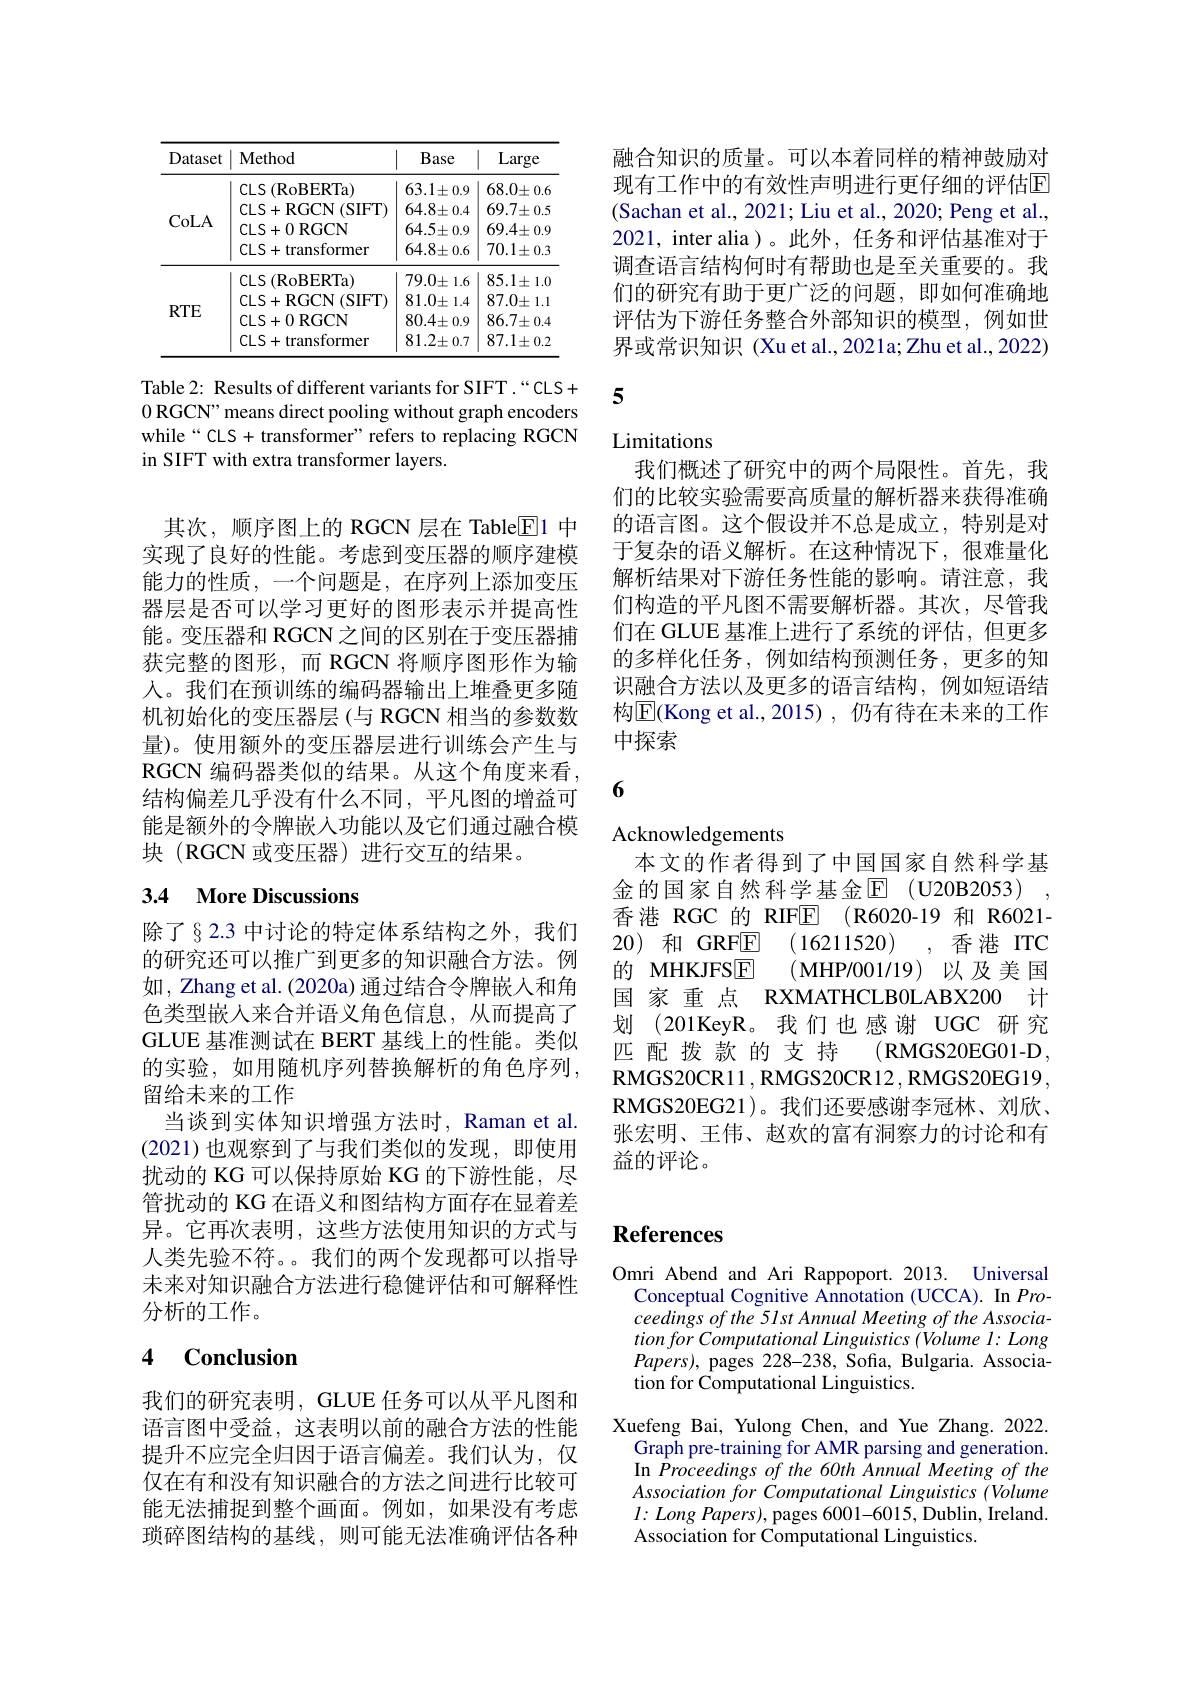
<table>
	<tbody>
		<tr>
			<th>Dataset</th>
			<th>Method</th>
			<th>Base</th>
			<th>Large</th>
		</tr>
		<tr>
			<td>CoLA</td>
			<td>$\operatorname{CLS}\left(\mathrm{RoBERTa}\right)$ CLS+ RGCN ( SIFT) CLS+ 0RGCN CLS+ transformer</td>
			<td>$63.1\pm0.9$ $64.8\pm0.4$ $64.5\pm0.9$ $64.8\pm0.6$</td>
			<td>$68.0\pm0.6$ $69.7\pm0.5$ $69.4\pm0.9$ $70.1\pm0.3$</td>
		</tr>
		<tr>
			<td>$RTE$</td>
			<td>$\operatorname{CLS}\left(\mathrm{RoBERTa}\right)$ CLS+ RGCN( SIFT) CLS+ 0RGCN CLS+ transformer</td>
			<td>$79.0\pm1.6$ $81.0\pm1.4$ $80.4\pm0.9$ $81.2\pm0.7$</td>
			<td>$85.1\pm1.0$ $87.0\pm1.1$ $86.7\pm0.4$ $87.1\pm0.2$</td>
		</tr>
	</tbody>
</table>

Table 2: Results of different variants for SIFT .“CLS+ 0 RGCN" means direct pooling without graph encoders while“CLS+ transformer”refers to replacing RGCN in SIFT with extra transformer layers.

其次，顺序图上的 RGCN 层在 Table$\overline{\mathbb{E}}$1 中实现了良好的性能。考虑到变压器的顺序建模能力的性质，一个问题是，在序列上添加变压器层是否可以学习更好的图形表示并提高性能。变压器和 RGCN 之间的区别在于变压器捕获完整的图形，而 RGCN 将顺序图形作为输人。我们在预训练的编码器输出上堆叠更多随机初始化的变压器层 (与 RGCN 相当的参数数量)。使用额外的变压器层进行训练会产生与RGCN 编码器类似的结果。从这个角度来看， 结构偏差几乎没有什么不同，平凡图的增益可能是额外的令牌嵌入功能以及它们通过融合模块 (RGCN 或变压器)进行交互的结果。

## 3.4 More Discussions

除了§2.3 中讨论的特定体系结构之外，我们的研究还可以推广到更多的知识融合方法。例如，Zhang et al. (2020a) 通过结合令牌嵌入和角色类型嵌入来合并语义角色信息，从而提高了GLUE 基准测试在 BERT 基线上的性能。类似的实验，如用随机序列替换解析的角色序列， 留给未来的工作
当谈到实体知识增强方法时，Raman et al. (2021)也观察到了与我们类似的发现，即使用扰动的 KG 可以保持原始 KG 的下游性能，尽管扰动的 KG 在语义和图结构方面存在显着差异。它再次表明，这些方法使用知识的方式与人类先验不符。。我们的两个发现都可以指导未来对知识融合方法进行稳健评估和可解释性分析的工作。

# 4 Conclusion

我们的研究表明，GLUE 任务可以从平凡图和语言图中受益，这表明以前的融合方法的性能提升不应完全归因于语言偏差。我们认为，仅仅在有和没有知识融合的方法之间进行比较可能无法捕捉到整个画面。例如，如果没有考虑琐碎图结构的基线，则可能无法准确评估各种

融合知识的质量。可以本着同样的精神鼓励对现有工作中的有效性声明进行更仔细的评估E (Sachan et al., 2021; Liu et al., 2020; Peng et al., 2021, inter alia)。此外，任务和评估基准对于调查语言结构何时有帮助也是至关重要的。我们的研究有助于更广泛的问题，即如何准确地评估为下游任务整合外部知识的模型，例如世界或常识知识 (Xu et al.,2021a;Zhu et al., 2022)

5

# Limitations

我们概述了研究中的两个局限性。首先，我们的比较实验需要高质量的解析器来获得准确的语言图。这个假设并不总是成立，特别是对于复杂的语义解析。在这种情况下，很难量化解析结果对下游任务性能的影响。请注意，我们构造的平凡图不需要解析器。其次，尽管我们在 GLUE 基准上进行了系统的评估，但更多的多样化任务，例如结构预测任务，更多的知识融合方法以及更多的语言结构，例如短语结构$\overline{\mathrm{E}}($Kong et al.,2015),仍有待在未来的工作中探索

6

Acknowledgements
本文的作者得到了中国国家自然科学基金的国家自然科学基金$\mathbb{E}$ (U20B2053) , 香港 RGC 的 RIFE (R6020-19 和 R6021- 20) 和 GRFE (16211520),香港 ITC 的 MHKJFS$\boxed{\mathrm{F} }$ (MHP/001/19)以及美国国 家 重 点 RXMATHCLB0LABX200 计划 (201KeyR。我们也感谢 UGC 研究匹配拨款的支持
(RMGS20EG01-D,
RMGS20CR11, RMGS20CR12, RMGS20EG19, RMGS20EG21)。我们还要感谢李冠林、刘欣、 张宏明、王伟、赵欢的富有洞察力的讨论和有益的评论。

## References

Omri Abend and Ari Rappoport. 2013. Universal
Conceptual Cognitive Annotation (UCCA). In Proceedings of the 51st Annual Meeting of the Associa- $tionforComputational\textit{Linguistics ( Volume l: Long}$ $Papers)$, pages 228-238, Sofia, Bulgaria. Association for Computational Linguistics.

Xuefeng Bai, Yulong Chen, and Yue Zhang. 2022. Graph pre-training for AMR parsing and generation. In Proceedings of the 60th Annual Meeting of the Association for Computational Linguistics (Volume $l:Long$ Papers), pages 6001-6015, Dublin, Ireland. Association for Computational Linguistics.